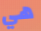
هي